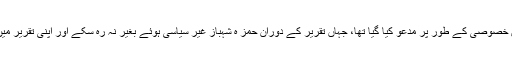
تفصیلات کے مطابق صوبائی دارلحکومت میں سیاحت سے متعلق منقدہ تقریب میں حمزہ شہباز کو مہمان خصوصی کے طور پر مدعو کیا گیا تھا، جہاں تقریر کے دوران حمز ہ شہباز غیر سیاسی ہوئے بغیر نہ رہ سکے اور اپنی تقریر میں عمران خان کو یاد رکھنا نہ بھولے اور توپوں کا رخ عمران خان اور تحریک انصاف کی جانب موڑ دیا۔